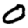
Digit: 0